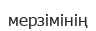
мерзімінің